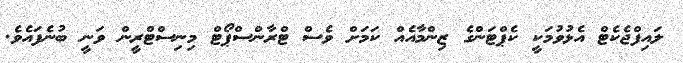
ލައިފްޖެކެޓް އެޅުވުމަކީ ކެޕްޓަންގެ ޒިންމާއެއް ކަމަށް ވެސް ޓްރާންސްޕޯޓް މިނިސްޓްރީން ވަނީ ބުނެފައެވެ.